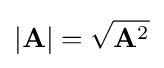
|\mathbf {A} |={\sqrt {\mathbf {A} ^{2}}}